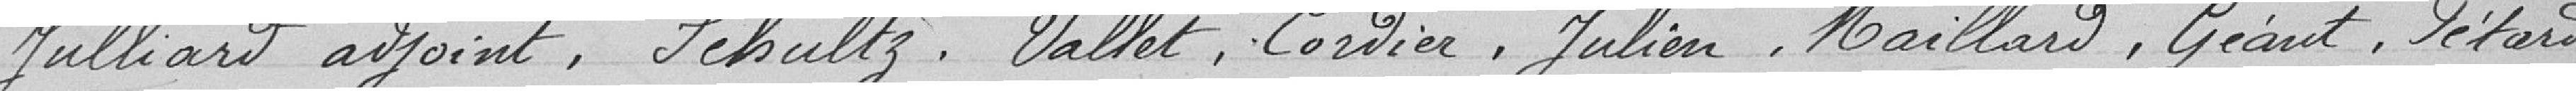
Julliard, adjoint, Schultz, Vallet, Cordier, Julien, Maillard, Géant, Pétard